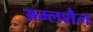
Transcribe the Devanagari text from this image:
अम्लशैल